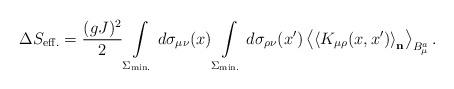
LaTeX: \begin{align*}\Delta S_{\rm eff.}= \frac{(gJ)^2}{2}\int\limits_{\Sigma_{\rm min.}}^{}d\sigma_{\mu\nu}(x)\int\limits_{\Sigma_{\rm min.}}^{}d\sigma_{\rho\nu}(x')\left<\left<K_{\mu\rho}(x,x')\right>_{\bf n}\right>_{B_\mu^a}.\end{align*}